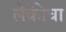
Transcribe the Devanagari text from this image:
लेकीचा